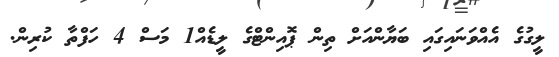
ލީގުގެ އެއްވަނައިގައި ބަޔާންއަށް ތިން ޕޮއިންޓްގެ ލީޑެއް1 މަސް 4 ހަފްތާ ކުރިން.